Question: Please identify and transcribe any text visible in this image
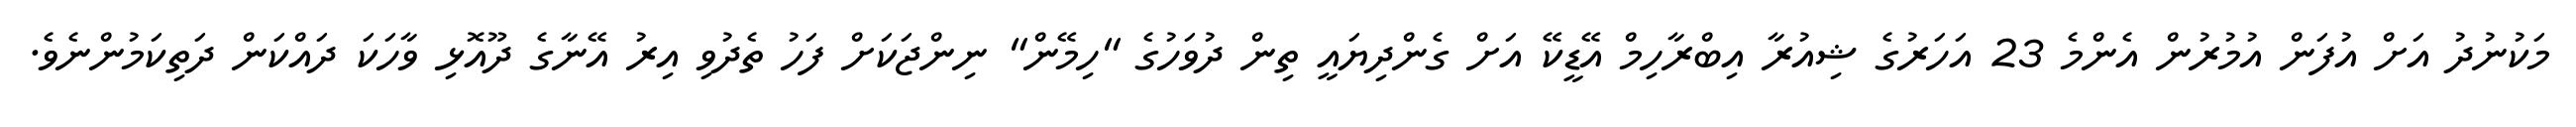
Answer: މަކުނުދު އަށް އުފަން އުމުރުން އެންމެ 23 އަހަރުގެ ޝިއުރާ އިބްރާހިމް އޭޑީކޭ އަށް ގެންދިޔައީ ތިން ދުވަހުގެ "ހިމޭން" ނިންޖަކަށް ފަހު ތެދުވި އިރު އޭނާގެ ދޫއޮޅި ވާހަކަ ދައްކަން ދަތިކަމުންނެވެ.